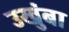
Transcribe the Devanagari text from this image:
उखुंबा